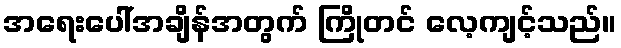
အရေးပေါ်အချိန်အတွက် ကြိုတင် လေ့ကျင့်သည်။